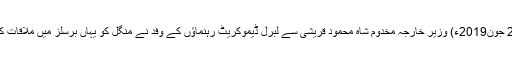
25 جون2019ء) وزیر خارجہ مخدوم شاہ محمود قریشی سے لبرل ڈیموکریٹ رہنماؤں کے وفد نے منگل کو یہاں برسلز میں ملاقات کی۔